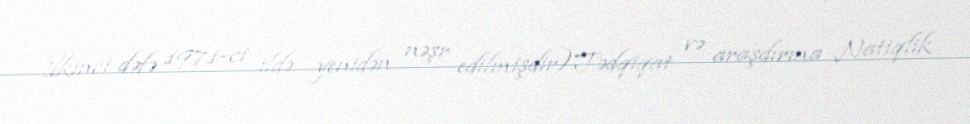
İkinci dəfə 1971-ci ildə yenidən nəşr edilmişdir)Tədqiqat və araşdırma Natiqlik